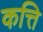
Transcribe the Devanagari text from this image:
कत्ति